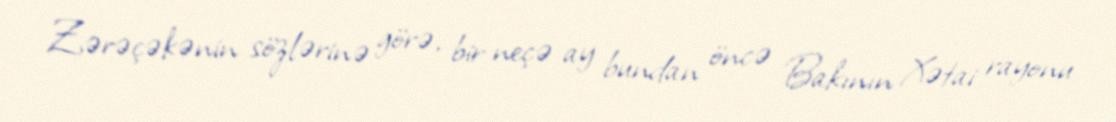
Zərəçəkənin sözlərinə görə, bir neçə ay bundan öncə Bakının Xətai rayonu